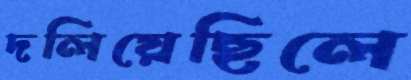
দলিয়েছিলে